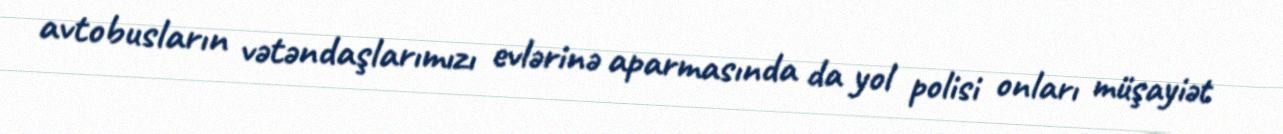
avtobusların vətəndaşlarımızı evlərinə aparmasında da yol polisi onları müşayiət